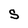
Character: S